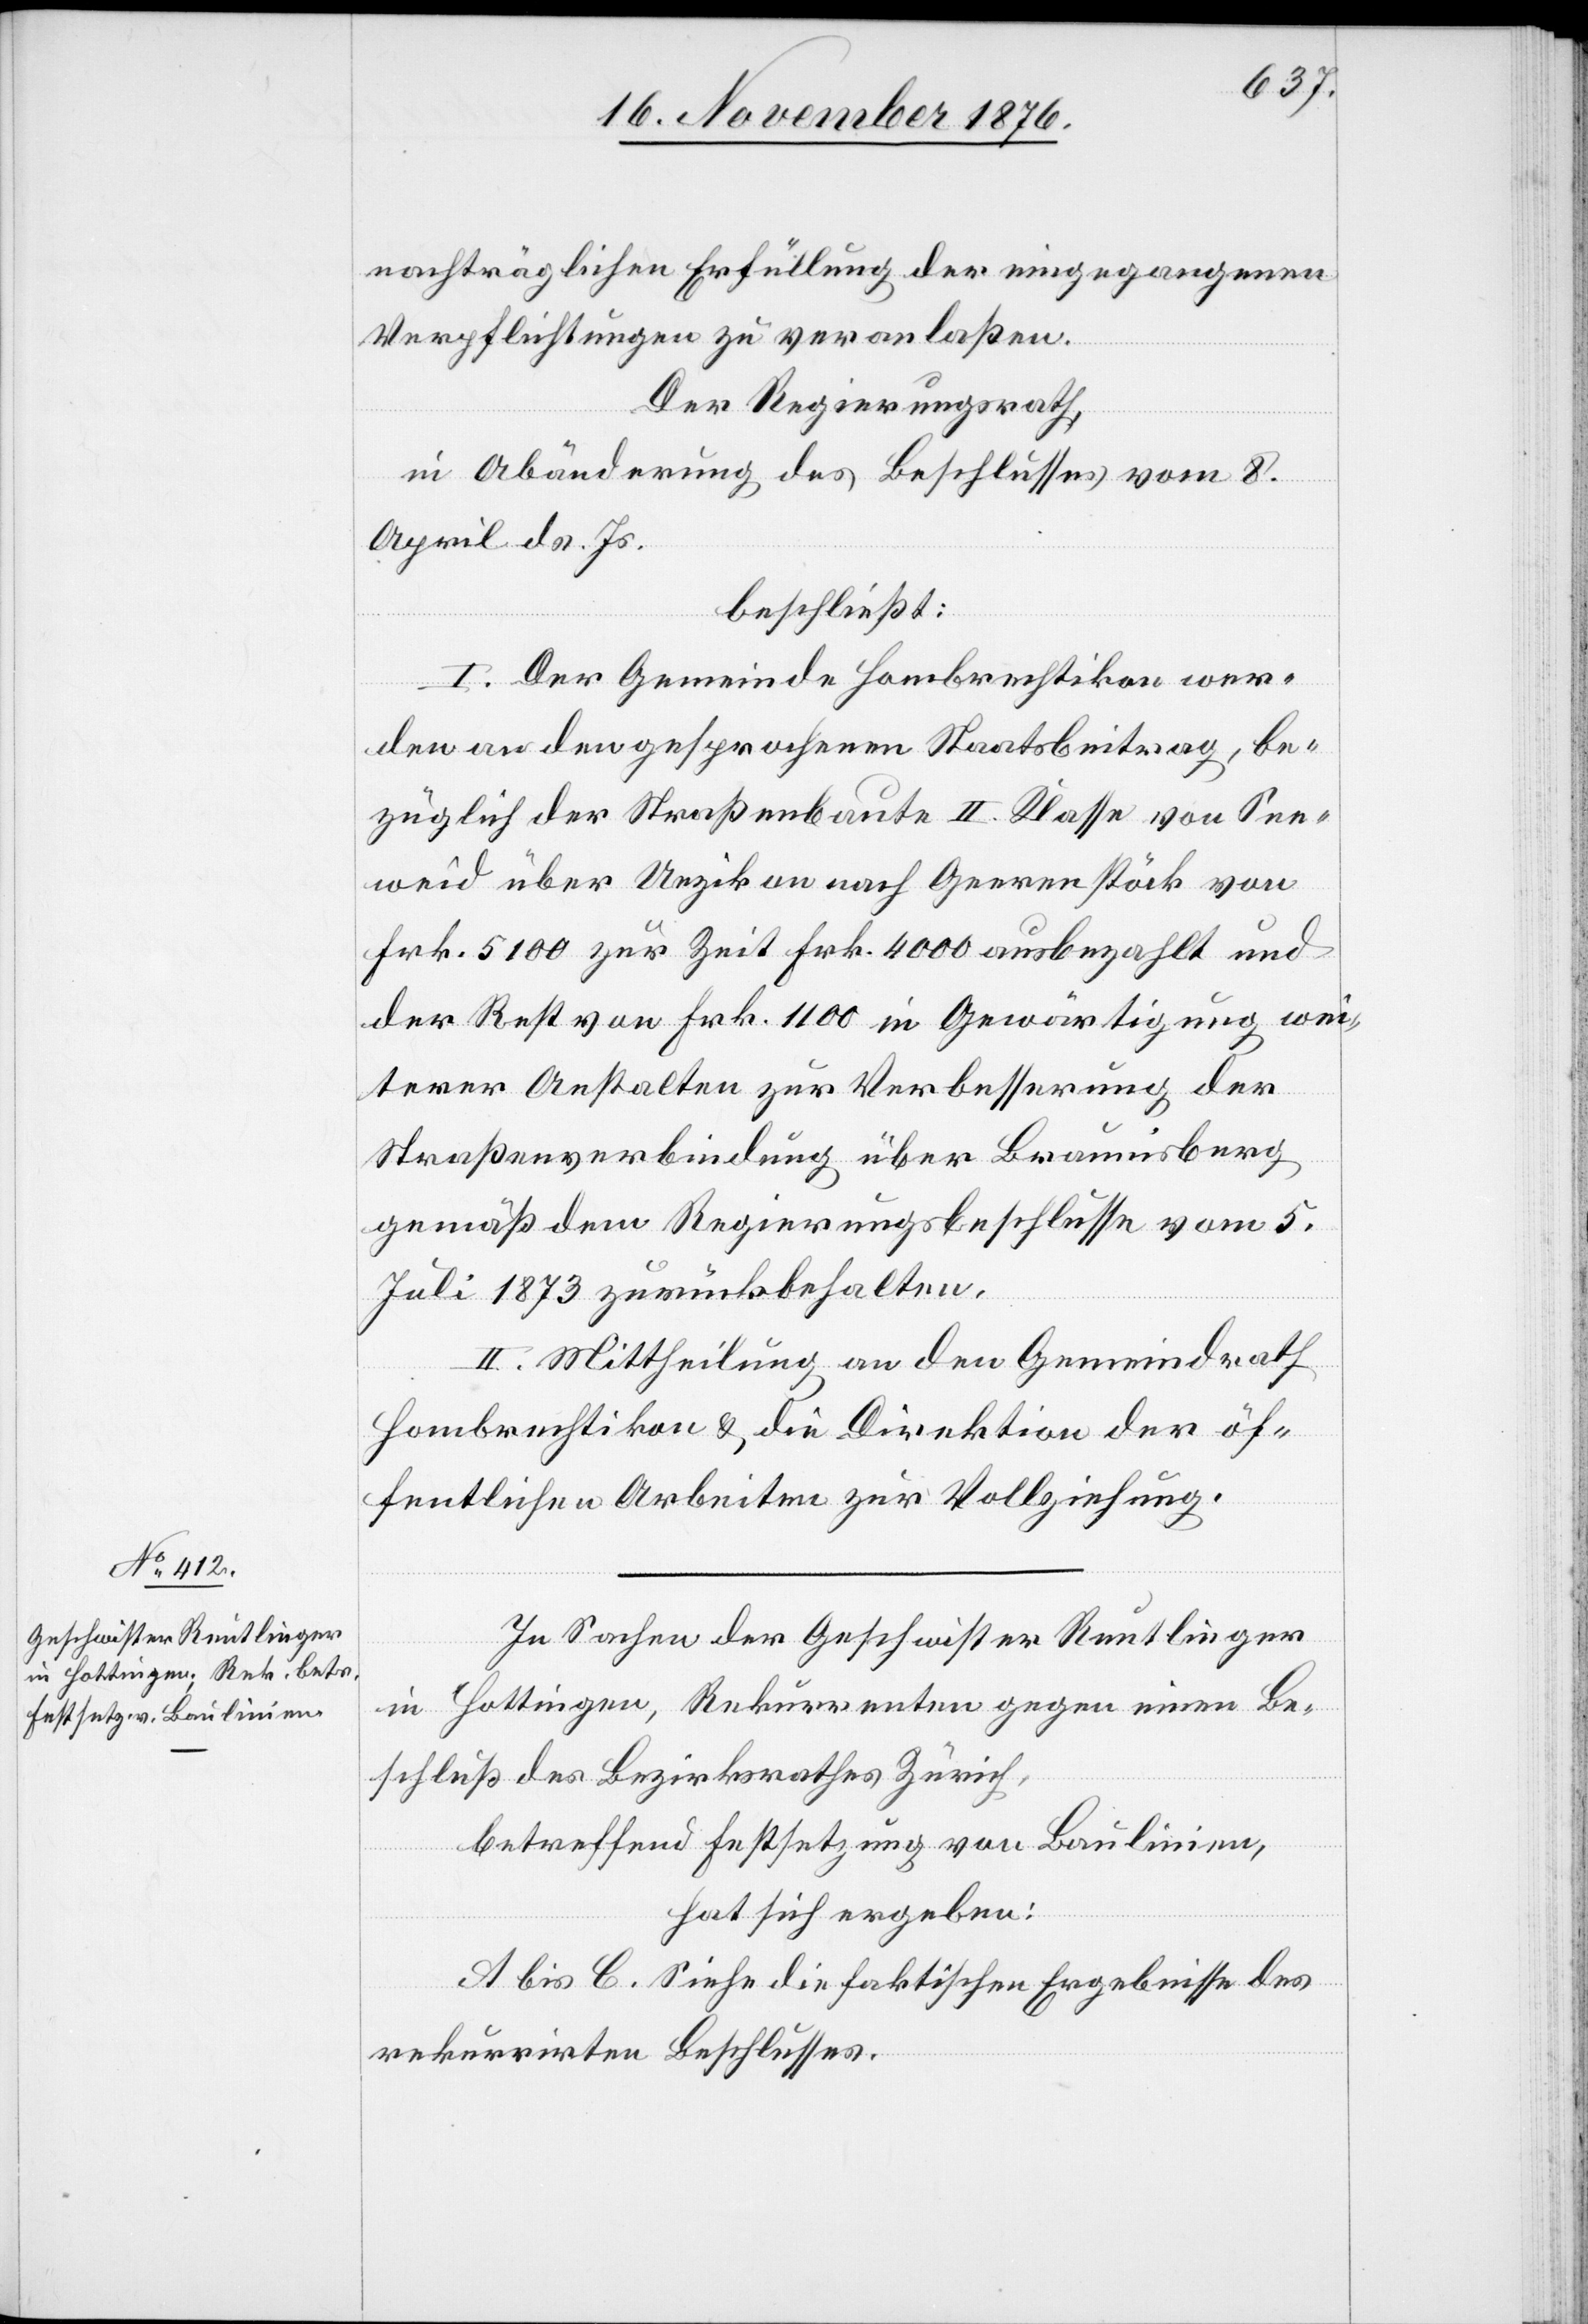
nachträglichen Erfüllung der eingegangenen
Verpflichtungen zu veranlaßen.
Der Regierungsrath,
in Abänderung des Beschlusses vom 8.
April d. Js.
beschließt:
I. Der Gemeinde Hombrechtikon wer¬
den an den gesprochenen Staatsbeitrag, be¬
züglich der Straßenbaute II. Klasse von See¬
weid über Uezikon nach Geerenstöck von
Frk. 5100 zur Zeit Frk. 4000 ausbezahlt und
der Rest von Frk. 1100 in Gewärtigung wei¬
terer Anstalten zur Verbesserung der
Straßenverbindung über Braunisberg
gemäß dem Regierungsbeschlusse vom 5.
Juli 1873 zurückbehalten.
II. Mittheilung an den Gemeindrath
Hombrechtikon & die Direktion der öf¬
fentlichen Arbeiten zur Vollziehung.
In Sachen der Geschwister Reutlinger
in Hottingen, Rekurrenten gegen einen Be¬
schluß des Bezirksrathes Zürich,
betreffend Festsetzung von Baulinien,
hat sich ergeben:
A bis C. Siehe die faktischen Ergebnisse des
rekurrirten Beschlusses.